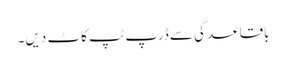
باقاعدگی سے ڈرپ ٹپ کاٹ دیں۔